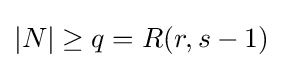
|N|\geq q=R(r,s-1)